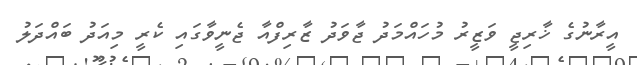
އީރާނުގެ ޚާރިޖީ ވަޒީރު މުހައްމަދު ޖާވަދު ޒާރިފްއާ ޖެނީވާގައި ކެރީ މިއަދު ބައްދަލު